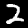
Label: 2